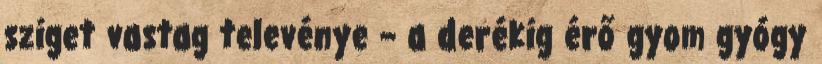
sziget vastag televénye – a derékig érő gyom gyógy